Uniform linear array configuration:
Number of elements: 24
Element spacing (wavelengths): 0.75
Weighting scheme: blackman
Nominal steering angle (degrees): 30
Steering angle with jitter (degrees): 29.628
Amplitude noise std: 0.05
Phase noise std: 0.05

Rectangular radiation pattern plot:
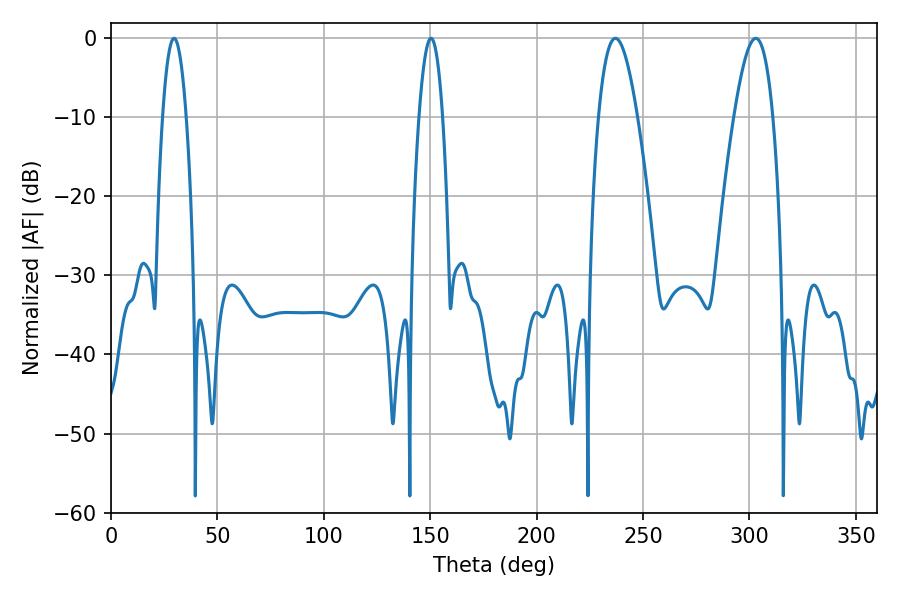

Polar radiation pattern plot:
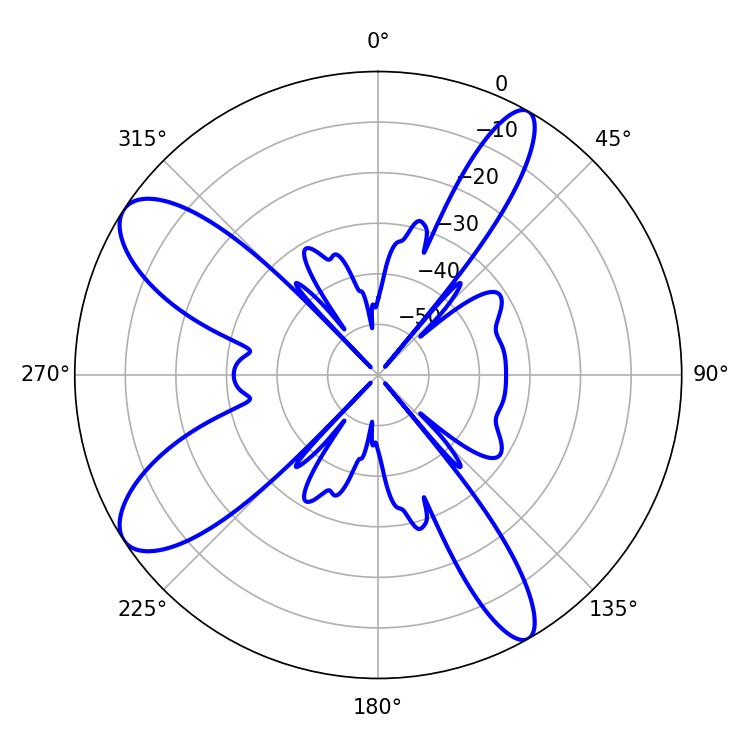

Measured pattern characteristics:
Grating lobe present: TRUE
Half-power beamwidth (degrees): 9.9
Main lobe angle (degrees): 237.06